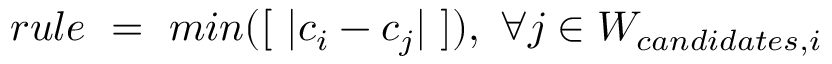
r u l e \ = \ m i n ( [ \ | c _ { i } - c _ { j } | \ ] ) , \ \forall j \in W _ { c a n d i d a t e s , i }